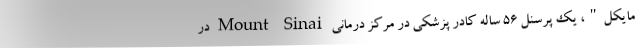
مایکل"، یک پرسنل ۵۶ ساله کادر پزشکی در مرکز درمانی Mount Sinai در